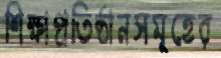
শিক্ষাপ্রতিষ্ঠানসমূহের